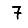
Digit: 7